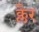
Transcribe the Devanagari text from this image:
क्लैर